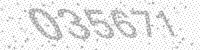
Solution: 035671